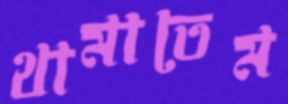
থামাতেম